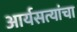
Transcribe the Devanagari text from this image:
आर्यसत्यांचा